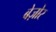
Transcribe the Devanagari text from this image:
बेज़ोर